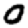
Digit: 0